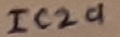
Text: IC2a